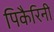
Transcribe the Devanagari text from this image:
पिकैरिनी